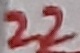
Text: 22